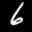
Label: 6